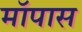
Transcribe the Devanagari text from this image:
मॉपास